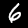
Label: 6